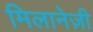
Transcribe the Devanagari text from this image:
मिलानेज़ी